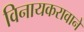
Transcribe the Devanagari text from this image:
विनायकरावाने